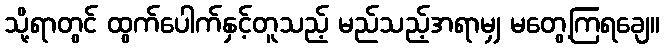
သို့ရာတွင် ထွက်ပေါက်နှင့်တူသည့် မည်သည့်အရာမျှ မတွေ့ကြရချေ။